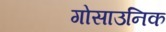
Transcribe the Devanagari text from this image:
गोसाउनिक